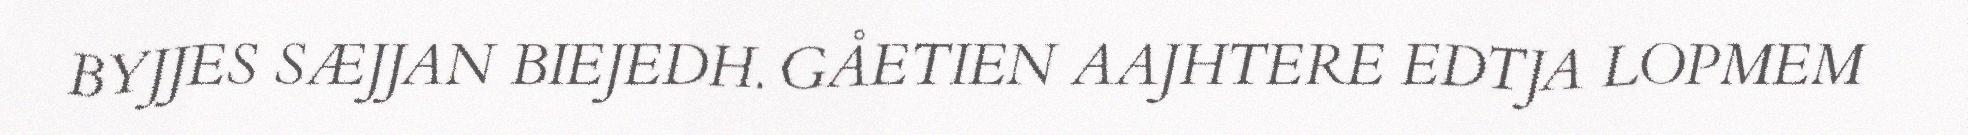
BYJJES SÆJJAN BIEJEDH. GÅETIEN AAJHTERE EDTJA LOPMEM